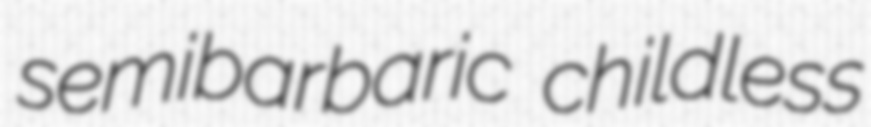
semibarbaric childless